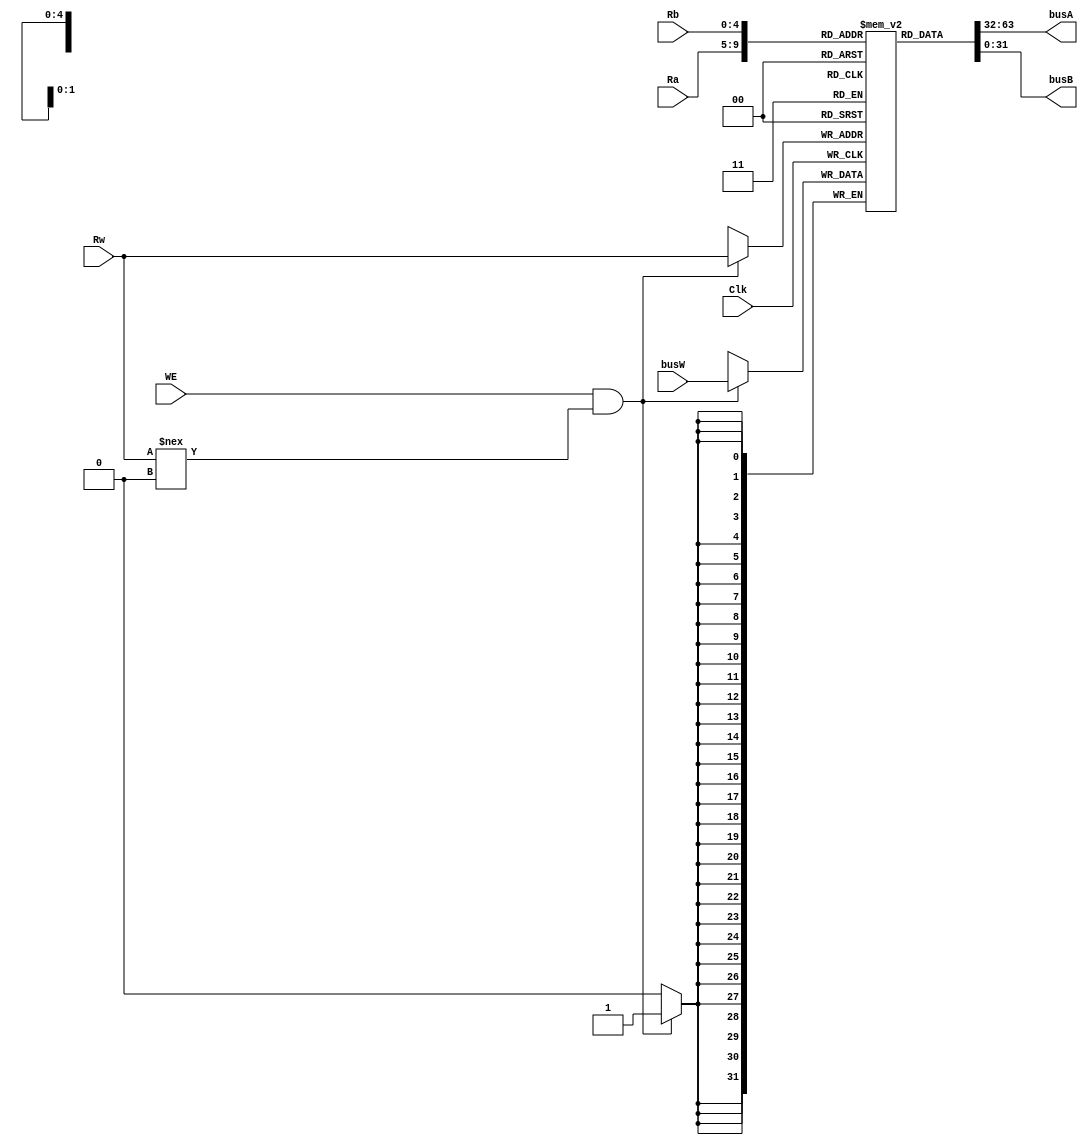
//
module Register(Clk,WE,Rw,Ra,Rb,busA,busB,busW);

//
input Clk;
input WE;
input [4:0] Rw;
input [4:0] Ra;
input [4:0] Rb;
input [31:0] busW;										//
output [31:0] busA;
output [31:0] busB;										

//
reg[31:0] regs[0:31];									//3232

//
integer id;
initial begin
	for(id=0;id<32;id=id+1)	begin
		regs[id]<=0;
	end
end

assign busA=regs[Ra];
assign busB=regs[Rb];

//
always@(posedge Clk) begin
	if(WE&&Rw!==0) begin
		regs[Rw]<=busW;
	end
end
endmodule